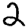
Digit: 2